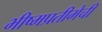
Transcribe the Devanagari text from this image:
भीष्मप्रतीमेची